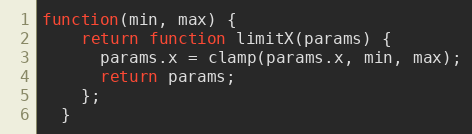
Language: JavaScript
function(min, max) {
    return function limitX(params) {
      params.x = clamp(params.x, min, max);
      return params;
    };
  }